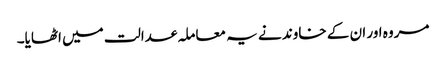
مروہ اور ان کے خاوند نے یہ معاملہ عدالت میں اٹھایا۔